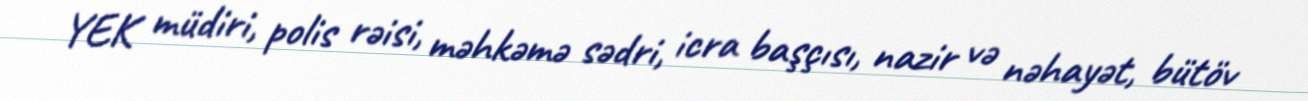
YEK müdiri, polis rəisi, məhkəmə sədri, icra başçısı, nazir və nəhayət, bütöv